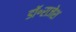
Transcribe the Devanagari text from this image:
डॉ॰राजेश